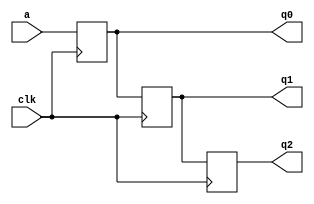
`timescale 1ns / 1ps
//////////////////////////////////////////////////////////////////////////////////
// Company: 
// Engineer: 
// 
// Design Name: 
// Module Name:    register 
// Project Name: 
// Target Devices: 
// Tool versions: 
// Description: 
//
// Dependencies: 
//
// Revision: 
// Revision 0.01 - File Created
// Additional Comments: 
//
//////////////////////////////////////////////////////////////////////////////////
module register(
    input a,
	 input clk,
	 output reg q0,q1,q2
	 );
	
	 always @(posedge clk)
	 begin
 	 q2=q1;
    q1=q0;
	 q0=a;
	 

	 end
endmodule